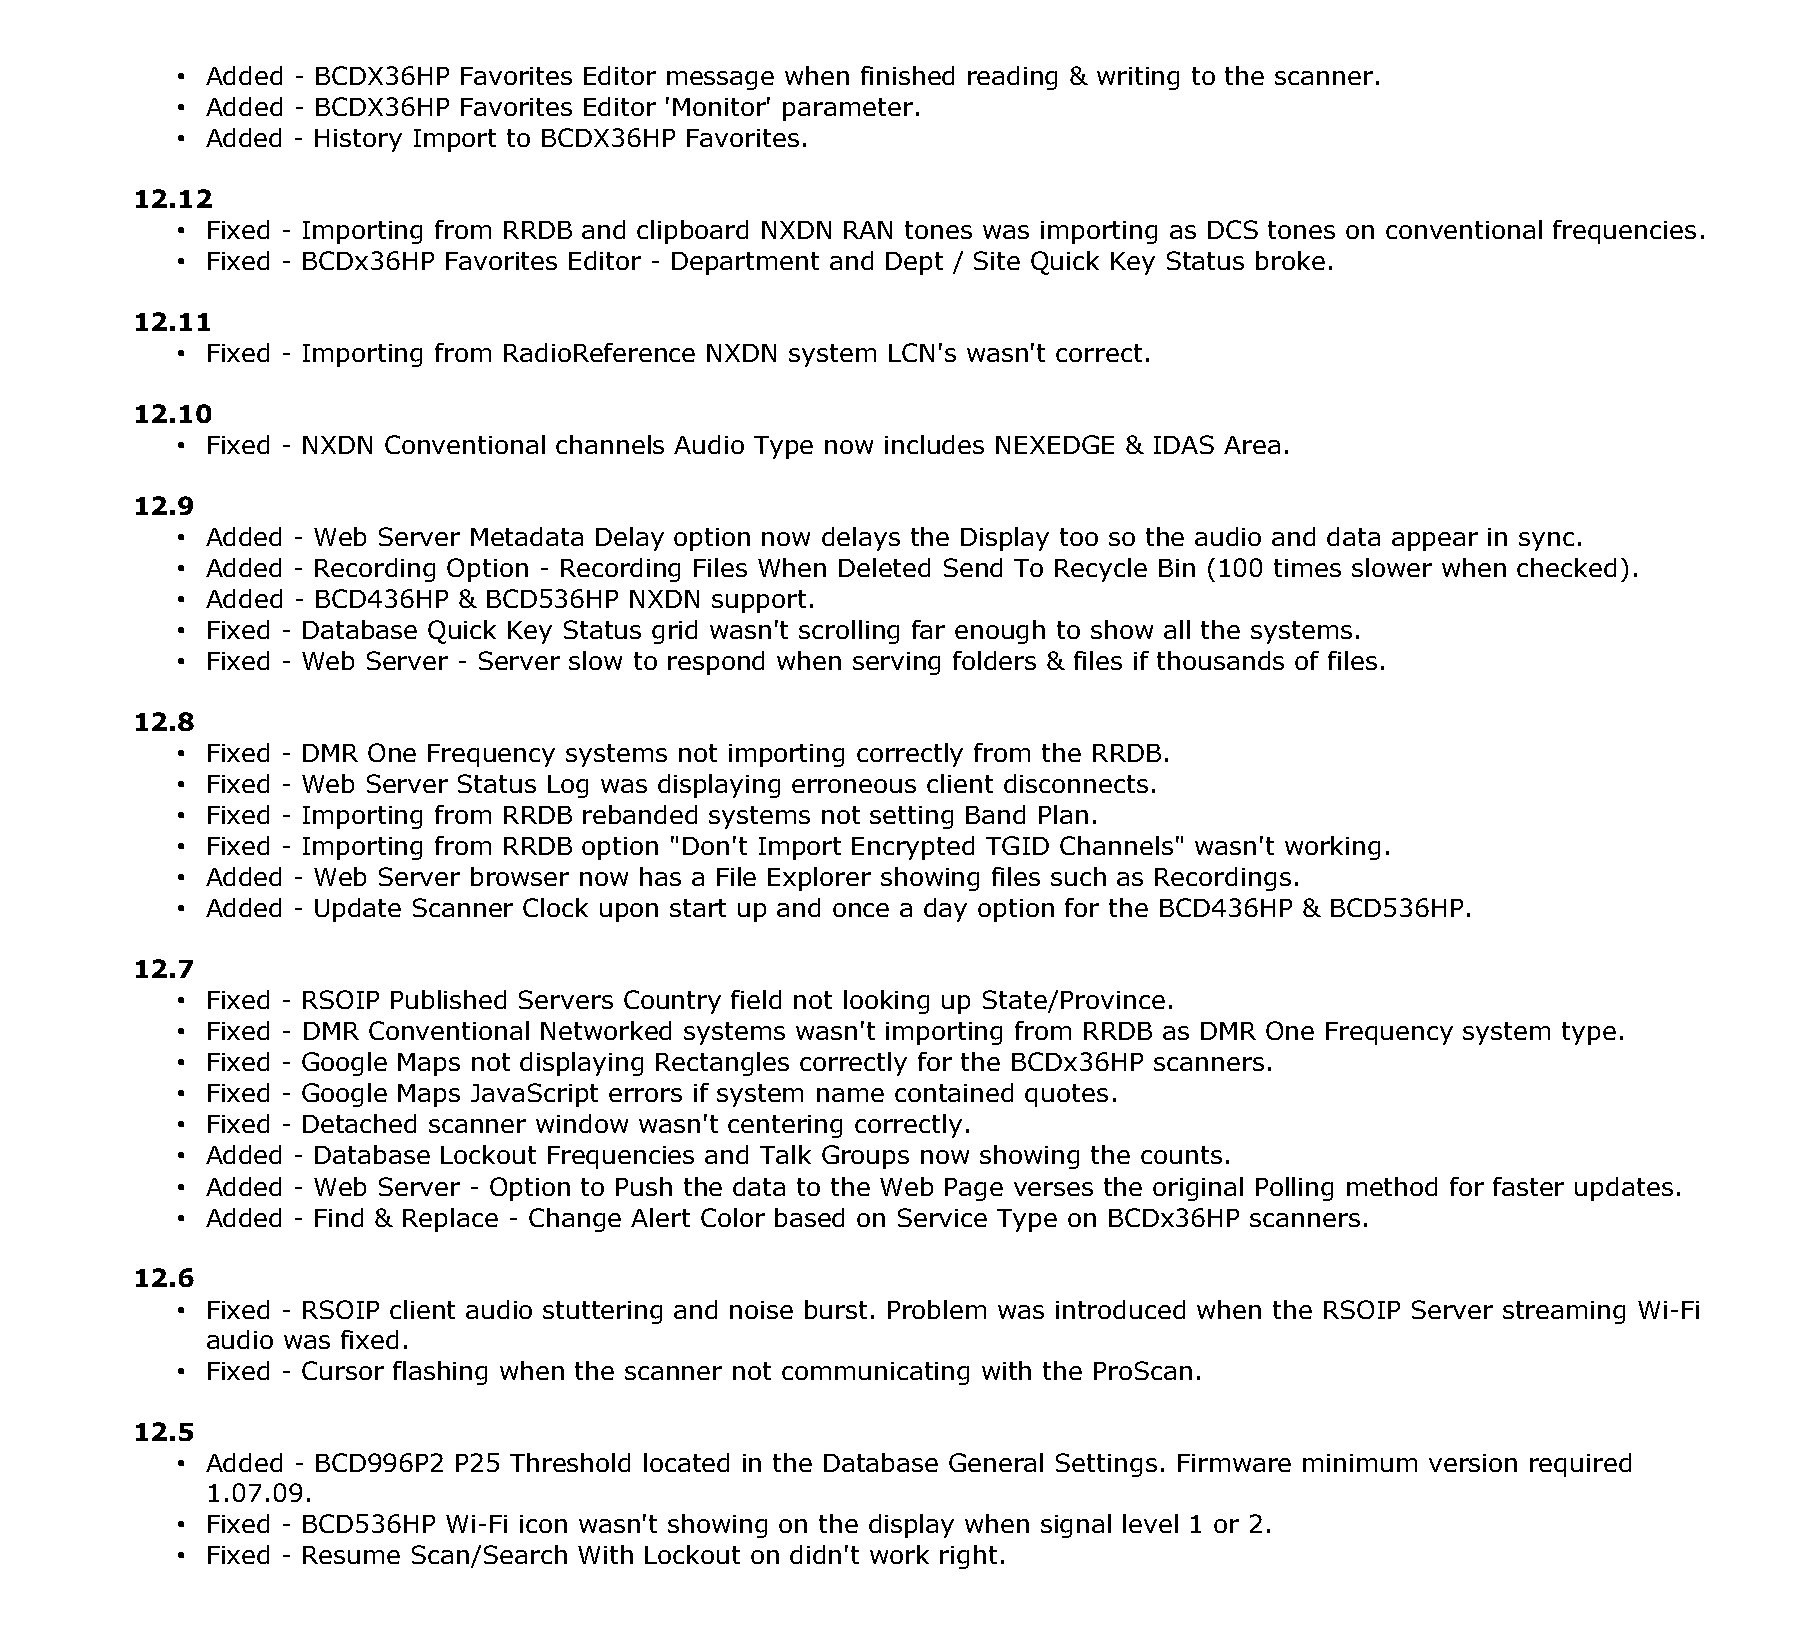
• Added - BCDX36HP Favorites Editor message when finished reading & writing to the scanner.
 • Added - BCDX36HP Favorites Editor 'Monitor' parameter.
 • Added - History Import to BCDX36HP Favorites.
 12.12
 • Fixed - Importing from RRDB and clipboard NXDN RAN tones was importing as DCS tones on conventional frequencies.
 • Fixed - BCDx36HP Favorites Editor - Department and Dept / Site Quick Key Status broke.
 12.11
 • Fixed - Importing from RadioReference NXDN system LCN's wasn't correct.
 12.10
 • Fixed - NXDN Conventional channels Audio Type now includes NEXEDGE & IDAS Area.
 12.9
 • Added - Web Server Metadata Delay option now delays the Display too so the audio and data appear in sync.
 • Added - Recording Option - Recording Files When Deleted Send To Recycle Bin (100 times slower when checked).
 • Added - BCD436HP & BCD536HP NXDN support.
 • Fixed - Database Quick Key Status grid wasn't scrolling far enough to show all the systems.
 • Fixed - Web Server - Server slow to respond when serving folders & files if thousands of files.
 12.8
 • Fixed - DMR One Frequency systems not importing correctly from the RRDB.
 • Fixed - Web Server Status Log was displaying erroneous client disconnects.
 • Fixed - Importing from RRDB rebanded systems not setting Band Plan.
 • Fixed - Importing from RRDB option "Don't Import Encrypted TGID Channels" wasn't working.
 • Added - Web Server browser now has a File Explorer showing files such as Recordings.
 • Added - Update Scanner Clock upon start up and once a day option for the BCD436HP & BCD536HP.
 12.7
 • Fixed - RSOIP Published Servers Country field not looking up State/Province.
 • Fixed - DMR Conventional Networked systems wasn't importing from RRDB as DMR One Frequency system type.
 • Fixed - Google Maps not displaying Rectangles correctly for the BCDx36HP scanners.
 • Fixed - Google Maps JavaScript errors if system name contained quotes.
 • Fixed - Detached scanner window wasn't centering correctly.
 • Added - Database Lockout Frequencies and Talk Groups now showing the counts.
 • Added - Web Server - Option to Push the data to the Web Page verses the original Polling method for faster updates.
 • Added - Find & Replace - Change Alert Color based on Service Type on BCDx36HP scanners.
 12.6
 • Fixed - RSOIP client audio stuttering and noise burst. Problem was introduced when the RSOIP Server streaming Wi-Fi
 audio was fixed.
 • Fixed - Cursor flashing when the scanner not communicating with the ProScan.
 12.5
 • Added - BCD996P2 P25 Threshold located in the Database General Settings. Firmware minimum version required
 1.07.09.
 • Fixed - BCD536HP Wi-Fi icon wasn't showing on the display when signal level 1 or 2.
 • Fixed - Resume Scan/Search With Lockout on didn't work right.